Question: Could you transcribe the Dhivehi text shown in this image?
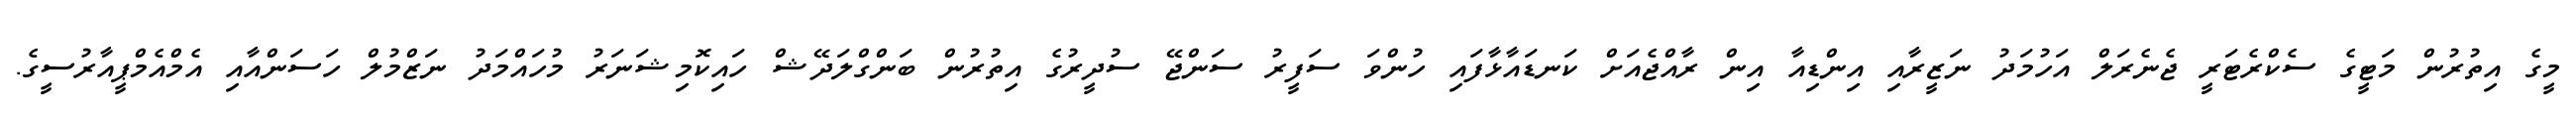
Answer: މީގެ އިތުރުން މަޓީގެ ސެކްރެޓަރީ ޖެނެރަލް އަހުމަދު ނަޒީރާއި އިންޑިއާ އިން ރާއްޖެއަށް ކަނޑައާޅާފައި ހުންވަ ސަފީރު ސަންޖޭ ސުދީރުގެ އިތުރުން ބަންގްލަދޭޝް ހައިކޮމިޝަނަރު މުހައްމަދު ނަޒްމުލް ހަސަންއާއި އެމްއެމްޕީއާރުސީގެ.